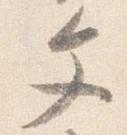
文